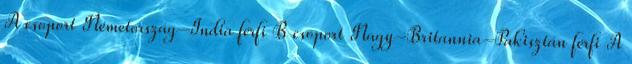
A csoport Németország–India férfi B csoport Nagy-Britannia–Pakisztán férfi A